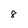
Character: 8